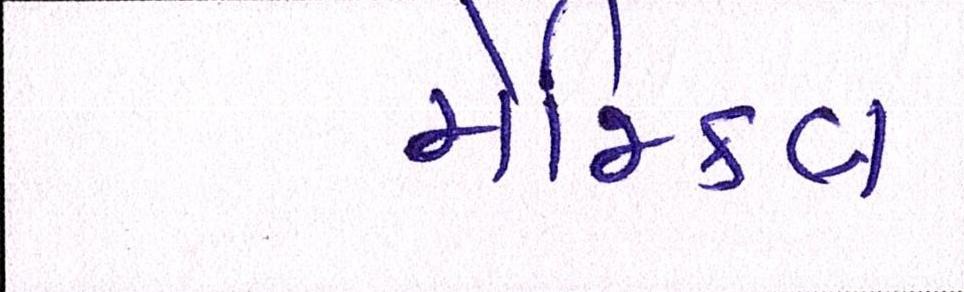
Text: મેજિકલ